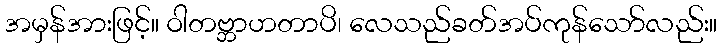
အမှန်အားဖြင့်။ ဝါတဗ္ဘာဟတာပိ၊ လေသည်ခတ်အပ်ကုန်သော်လည်း။